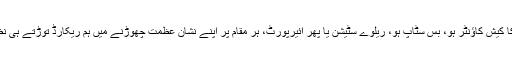
سپر سٹور کا کیش کاؤنٹر ہو، بس سٹاپ ہو، ریلوے سٹیشن یا پھر ائیرپورٹ، ہر مقام پر اپنے نشان عظمت چھوڑنے میں ہم ریکارڈ توڑتے ہی نظر آتے ہیں۔